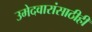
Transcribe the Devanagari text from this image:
उमेदवारांसाठीही